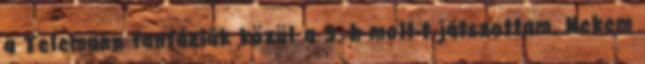
a Telemann fantáziák közül a 3. h-moll-t játszottam. Nekem